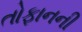
તોફાનની